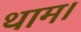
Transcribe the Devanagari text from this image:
थाम।